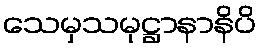
သေမှသမုဋ္ဌာနာနိပိ